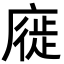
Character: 𢊚